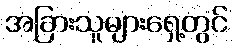
အခြားသူများရှေ့တွင်